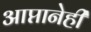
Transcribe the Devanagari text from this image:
आप्तानेही